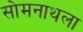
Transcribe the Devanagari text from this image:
सोमनाथला